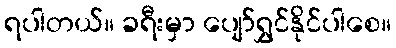
ရပါတယ်။ ခရီးမှာ ပျော်ရွှင်နိုင်ပါစေ။